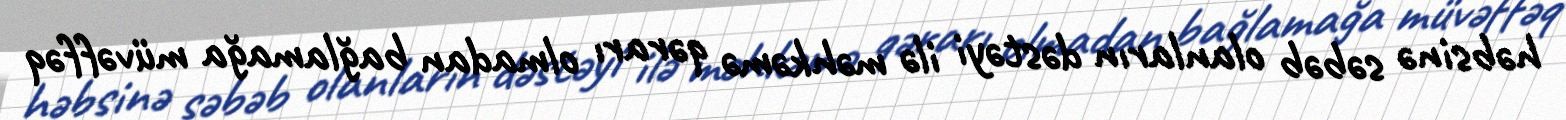
həbsinə səbəb olanların dəstəyi ilə məhkəmə qərarı olmadan bağlamağa müvəffəq